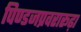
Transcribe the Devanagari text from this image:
पिण्डजप्रवरारूढ़ा